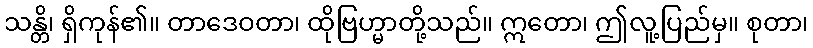
သန္တိ၊ ရှိကုန်၏။ တာဒေဝတာ၊ ထိုဗြဟ္မာတို့သည်။ ဣတော၊ ဤလူ့ပြည်မှ။ စုတာ၊